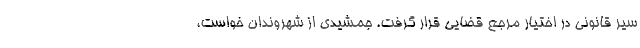
سیر قانونی در اختیار مرجع قضایی قرار گرفت. جمشیدی از شهروندان خواست،